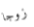
زوجا